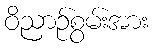
ဝိညာဉ်စွမ်းအား